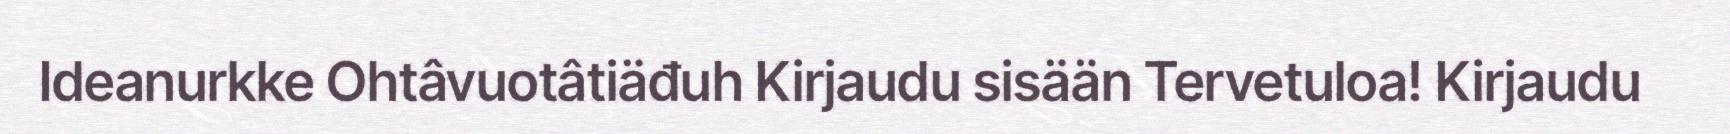
Ideanurkke Ohtâvuotâtiäđuh Kirjaudu sisään Tervetuloa! Kirjaudu